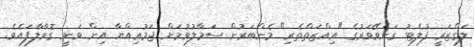
ލަގްޒަރީ ފުލެޓު ގަނެވޭވަރުގެ "އިއްޒަތްތެރި" މެންބަރުން ސަމާލުވުމަށް ޖަމުޢިއްޔާ އިން ވަނީ ގޮވާލާފައެވެ.